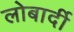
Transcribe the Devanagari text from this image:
लोबार्दी